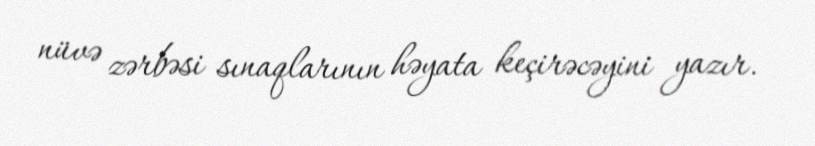
nüvə zərbəsi sınaqlarının həyata keçirəcəyini yazır.